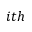
i t h